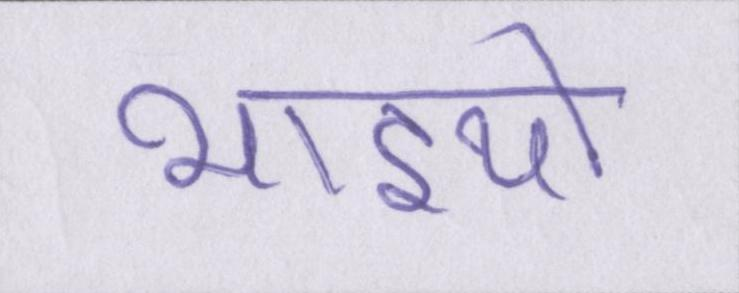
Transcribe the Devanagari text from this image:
भाइयो